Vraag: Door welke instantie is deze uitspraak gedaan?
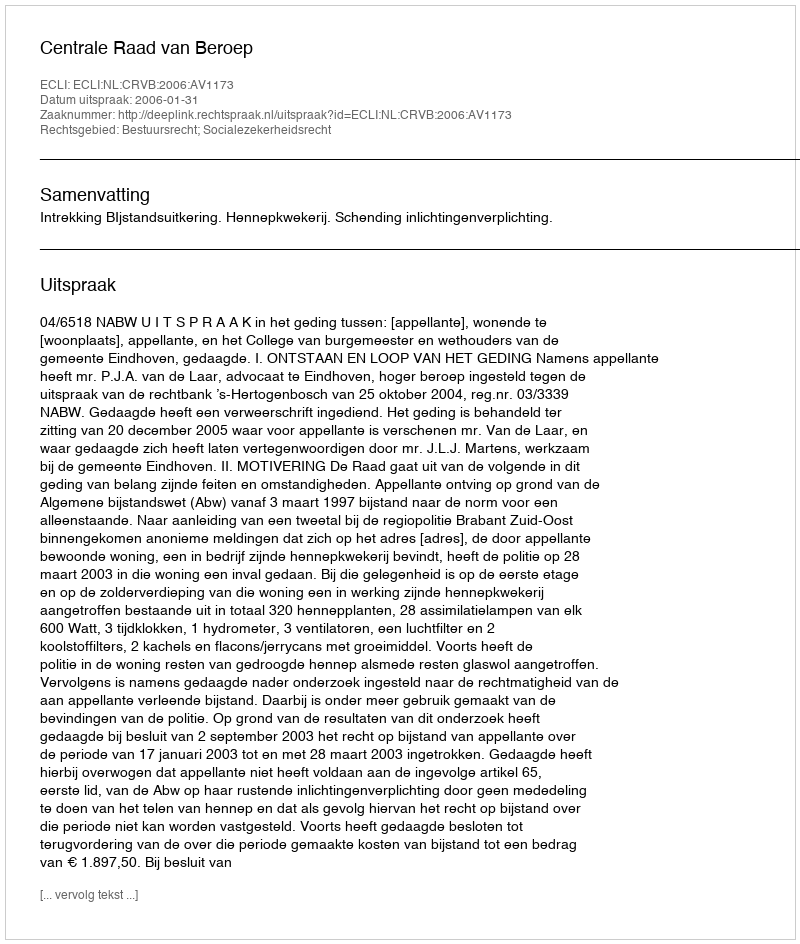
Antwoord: Centrale Raad van Beroep